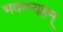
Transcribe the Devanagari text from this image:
भवाम्यहम्